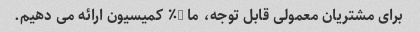
برای مشتریان معمولی قابل توجه، ما 5٪ کمیسیون ارائه می دهیم.